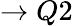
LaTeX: \to Q2